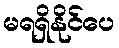
မရရှိနိုင်ပေ